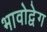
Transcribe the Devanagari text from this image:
भावोद्वेग